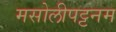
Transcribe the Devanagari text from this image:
मसोलीपट्टनम